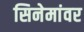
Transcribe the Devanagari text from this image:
सिनेमांवर